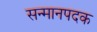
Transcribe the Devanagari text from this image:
सन्मानपदक